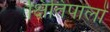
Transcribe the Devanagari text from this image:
क्षितिपालों